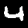
Digit: 4